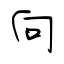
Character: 向